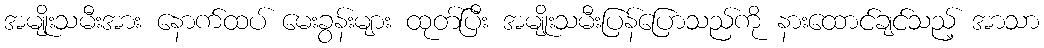
အမျိုးသမီးအား နောက်ထပ် မေးခွန်းများ ထုတ်ပြီး အမျိုးသမီးပြန်ပြောသည်ကို နားထောင်ချင်သည့် အာသာ